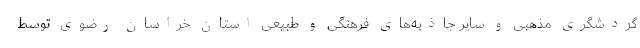
گردشگری مذهبی و سایر جاذبه‌های فرهنگی و طبیعی استان خراسان رضوی توسط